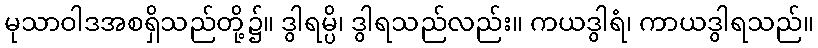
မုသာဝါဒအစရှိသည်တို့၌။ ဒွါရမ္ပိ၊ ဒွါရသည်လည်း။ ကယဒွါရံ၊ ကာယဒွါရသည်။